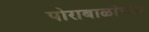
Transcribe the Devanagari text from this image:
पोराबाळांच्या